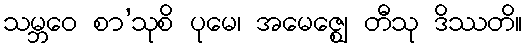
သမ္ဘဝေ စာ’သုစိ ပုမေ၊ အမေဇ္ဈေ တီသု ဒိဿတိ။